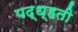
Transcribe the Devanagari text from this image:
पद्ध्हती